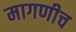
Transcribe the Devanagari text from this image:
मागणीच